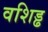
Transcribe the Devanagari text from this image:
वशिड्ढ